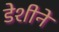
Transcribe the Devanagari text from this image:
डेशीने